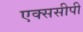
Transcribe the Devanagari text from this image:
एक्ससीपी